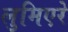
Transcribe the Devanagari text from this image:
लुमिएरे